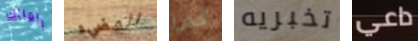
المالك المضيء كما تخبريه داعي